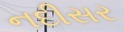
નદીસર